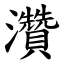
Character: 灒